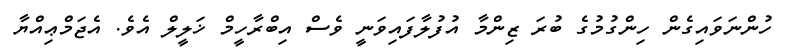
ހުންނަވައިގެން ހިންގުމުގެ ބުރަ ޒިންމާ އުފުލާފައިވަނީ ވެސް އިބްރާހީމް ޚަލީލް އެވެ. އެޖަމްޢިއްޔާ